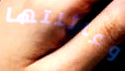
وعائلتها